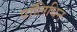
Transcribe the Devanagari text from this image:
पॉलिथिन